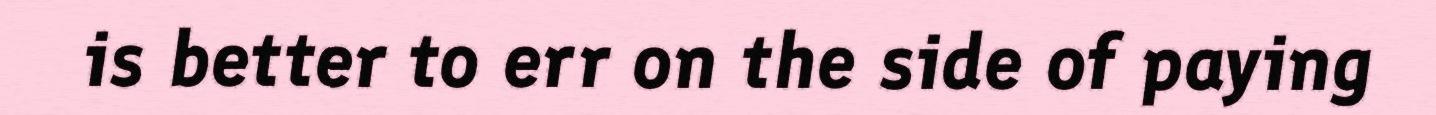
is better to err on the side of paying